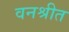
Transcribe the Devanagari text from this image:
वनश्रीत